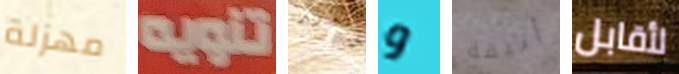
مهزلة تنويه باتمور و أنيقة لأقابل